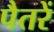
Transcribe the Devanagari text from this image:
पैतरें